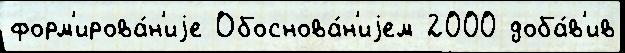
форм'ирова́н'иjе Обоснова́н'иjем 2000 доба́в'ив